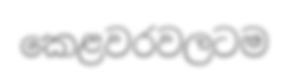
කෙළවරවලටම